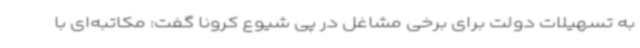
به تسهیلات دولت برای برخی مشاغل در پی شیوع کرونا گفت: مکاتبه‌ای با